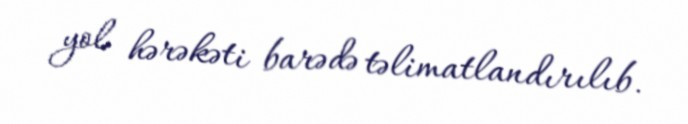
yol hərəkəti barədə təlimatlandırılıb.